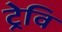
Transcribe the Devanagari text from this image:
ट्रेवि